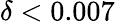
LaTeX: \delta<0.007